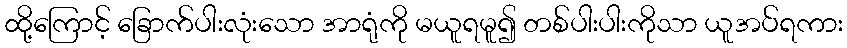
ထို့ကြောင့် ခြောက်ပါးလုံးသော အာရုံကို မယူရမူ၍ တစ်ပါးပါးကိုသာ ယူအပ်ရကား